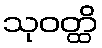
သုဝတ္ထိ